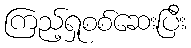
ကြည့်ရှုစစ်ဆေးပြီး